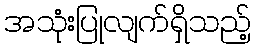
အသုံးပြုလျက်ရှိသည့်